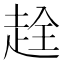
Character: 𧻤